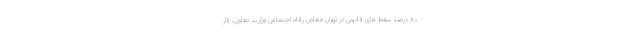
۸۰ درصد سقط‌ های قانونی در تهران معاون رفاه اجتماعی وزارت تعاون، کار